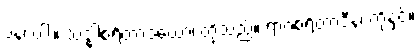
ပန၊ ပါး။ သဒ္ဓါစရိတာဒယော၊ တို့သည်။ ရာဂစရိတာဒီနံ၊ တို့နှင့်။